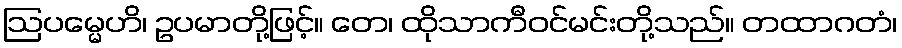
ဩပမ္မေဟိ၊ ဥပမာတို့ဖြင့်။ တေ၊ ထိုသာကီဝင်မင်းတို့သည်။ တထာဂတံ၊